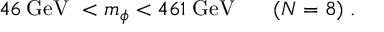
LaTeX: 4 6 \: \mathrm { G e V ~ } < m _ { \phi } < 4 6 1 \; \mathrm { G e V } \: \: \: \: \: \: \: \: ( N = 8 ) \; .